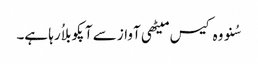
سُنو وہ کیس میٹھی آواز سے آپکو بلاُ رہا ہے۔